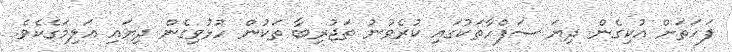
ފަހަތަށް އުކިގެން ދިޔަ ސަފްހާތަކުގައި ކުރެވުނު ތަޖުރިބާ ތަކުން ހުޅުވިގެން ދިޔައި އަލިމަގެކެވެ.